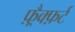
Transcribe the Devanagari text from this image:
फ़्रैक्फ़र्ट